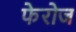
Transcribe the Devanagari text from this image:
फेरोज